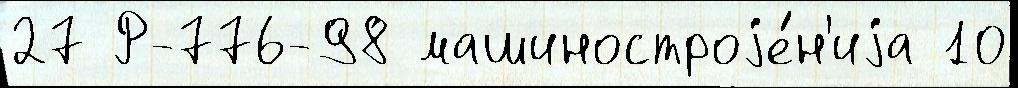
27 Р-776-98 машиностроjе́н'иjа 10